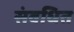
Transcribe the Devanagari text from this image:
संवधित